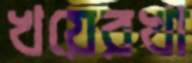
খয়েরখা